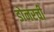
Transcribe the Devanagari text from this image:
डोनरची